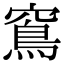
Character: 窵